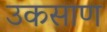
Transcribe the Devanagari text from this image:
उकसाण